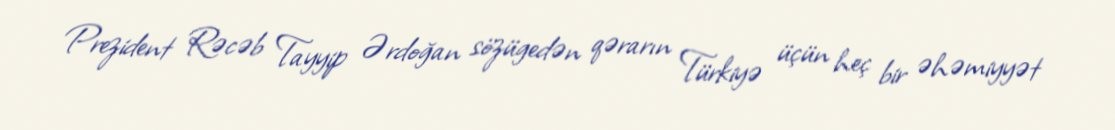
Prezident Rəcəb Tayyip Ərdoğan sözügedən qərarın Türkiyə üçün heç bir əhəmiyyət